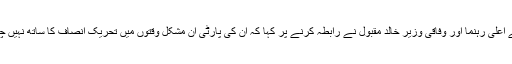
پاکستان کے اعلیٰ رہنما اور وفاقی وزیر خالد مقبول نے رابطہ کرنے پر کہا کہ ان کی پارٹی ان مشکل وقتوں میں تحریک انصاف کا ساتھ نہیں چھوڑے گی۔